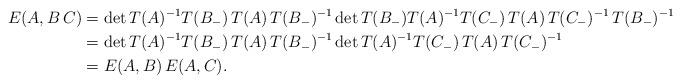
LaTeX: \begin{align*}E(A, B\,C) &= \det T(A)^{-1} T(B_{-})\,T(A) \, T(B_{-})^{-1} \det T(B_{-}) T(A)^{-1} T(C_-)\,T(A)\, T(C_{-})^{-1}\,T(B_{-})^{-1} \\& = \det T(A)^{-1} T(B_{-})\,T(A) \, T(B_{-})^{-1} \det T(A)^{-1} T(C_-)\,T(A)\, T(C_{-})^{-1}\\& = E(A, B) \, E(A,C) .\end{align*}